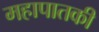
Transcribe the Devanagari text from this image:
महापातकी